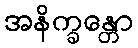
အနိက္ခန္တော